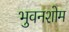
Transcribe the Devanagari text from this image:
भुवनशोम